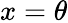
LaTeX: x=\theta